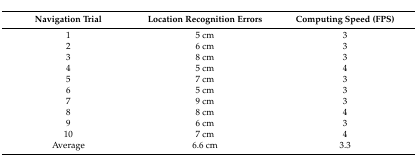
| Navigation Trial | Location Recognition Errors | Computing Speed (FPS) |
 | --- | --- | --- |
 | 1 | 5 cm | 3 |
 | 2 | 6 cm | 3 |
 | 3 | 8 cm | 3 |
 | 4 | 5 cm | 4 |
 | 5 | 7 cm | 3 |
 | 6 | 5 cm | 3 |
 | 7 | 9 cm | 3 |
 | 8 | 8 cm | 4 |
 | 9 | 6 cm | 3 |
 | 10 | 7 cm | 4 |
 | Average | 6.6 cm | 3.3 |